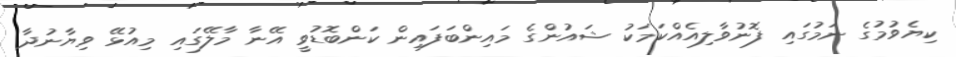
ކިޔެވުމުގެ ނަމުގައި ފޮނުވާލިއެއްކަމަކު ޝައުންގެ މައިންބަފައިން ކަންބޮޑުވީ އޭނާ މާލޭގައި މިއުޅޭ ވިޔާނުދާ